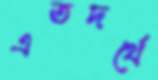
এতদর্থে